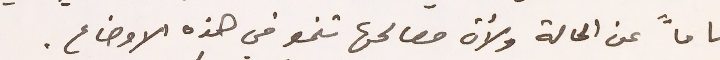
تاماً عن الحالة ولأن مصالحها تنمو في هذه الاوضاع.